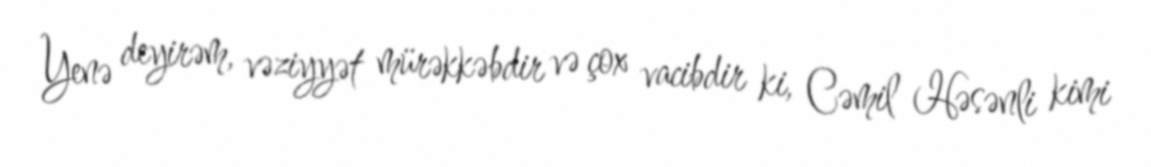
Yenə deyirəm, vəziyyət mürəkkəbdir və çox vacibdir ki, Cəmil Həsənli kimi